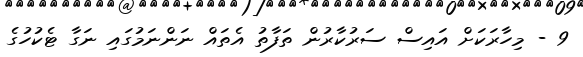
9 - މިހާރަކަށް އައިސް ސަރުކާރުން ތަފާތު އެތައް ނަންނަމުގައި ނަގާ ޓެކުހުގެ